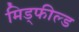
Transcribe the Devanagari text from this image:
मिड्फील्ड